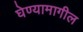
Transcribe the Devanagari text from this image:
घेण्यामागील